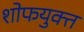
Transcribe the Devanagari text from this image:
शोफयुक्त